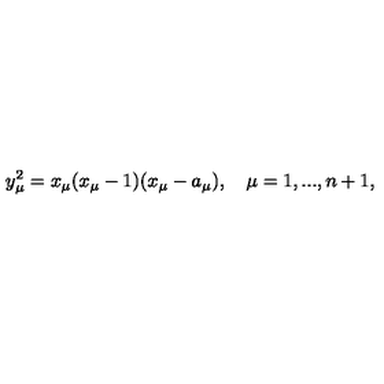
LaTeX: y _ { \mu } ^ { 2 } = x _ { \mu } ( x _ { \mu } - 1 ) ( x _ { \mu } - a _ { \mu } ) , \quad \mu = 1 , . . . , n + 1 ,